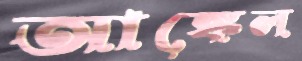
আঙ্কেল